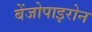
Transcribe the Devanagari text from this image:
बेंजोपाइरोन